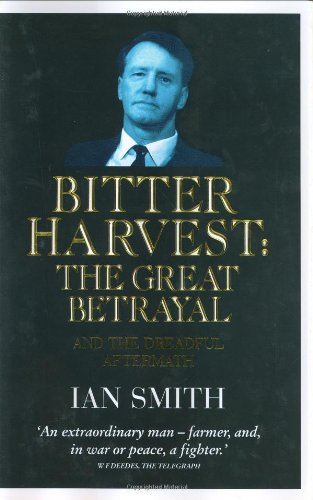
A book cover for Bitter Harvest: The Great Betrayal and the Dreadful Aftermath; Ian Smith; History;